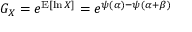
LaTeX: G _ { X } = e ^ { \operatorname { E } [ \ln X ] } = e ^ { \psi ( \alpha ) - \psi ( \alpha + \beta ) }